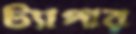
ট্যাপার